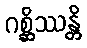
ဂစ္ဆိဿန္တိ